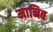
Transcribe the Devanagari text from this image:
मानिव